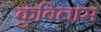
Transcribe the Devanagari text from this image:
कुबिलास